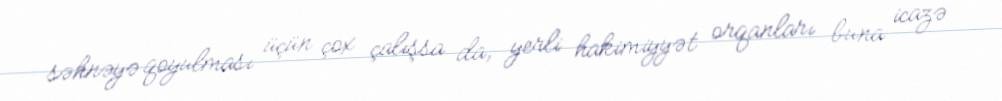
səhnəyə qoyulması üçün çox çalışsa da, yerli hakimiyyət orqanları buna icazə